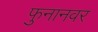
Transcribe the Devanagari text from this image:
फुनानवर